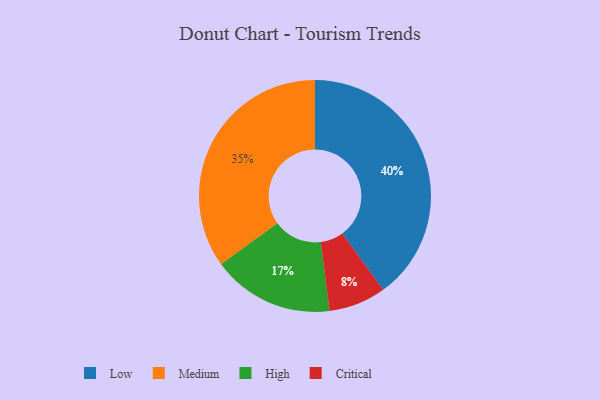
{"axis": {"x": "Category", "y": "Percentage"}, "legend": ["Critical", "High", "Low", "Medium"], "data": [{"x": "Low", "y": 40, "type": "Low"}, {"x": "High", "y": 17, "type": "High"}, {"x": "Medium", "y": 35, "type": "Medium"}, {"x": "Critical", "y": 8, "type": "Critical"}]}